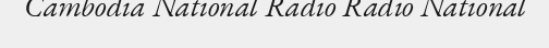
Cambodia National Radio Radio National